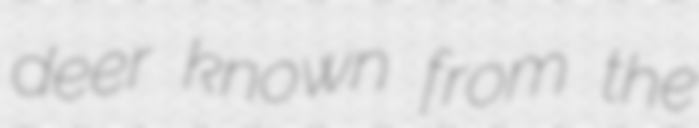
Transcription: deer known from the